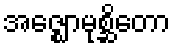
အဇ္ဈောမုစ္ဆိတော